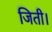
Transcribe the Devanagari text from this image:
जिती।